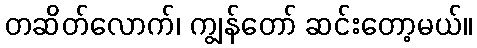
တဆိတ်လောက်၊ ကျွန်တော် ဆင်းတော့မယ်။